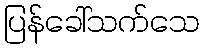
ပြန်ခေါ်သက်သေ